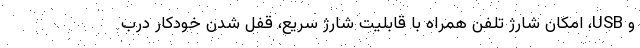
و USB، امکان شارژ تلفن همراه با قابلیت شارژ سریع، قفل شدن خودکار درب